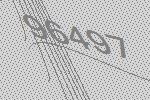
96497